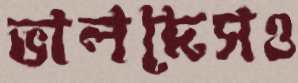
ভালদেসও